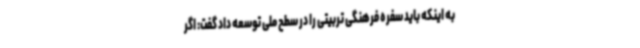
به اینکه باید سفره فرهنگی تربیتی را در سطح ملی توسعه داد گفت: اگر